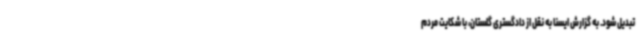
تبدیل شود. به گزارش ایسنا به نقل از دادگستری گلستان، با شکایت مردم